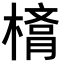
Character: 𣙛